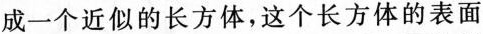
成一个近似的长方体，这个长方体的表面